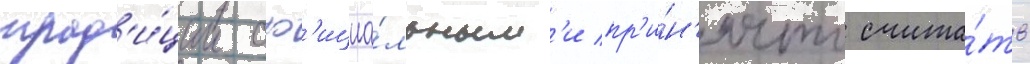
трад'и́ции оф'ициа́льным'и пр'и́н'ято счита́ть